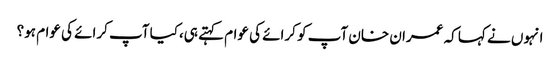
انہوں نے کہا کہ عمران خان آپ کو کرائے کی عوام کہتے ہی،کیا آپ کرائے کی عوام ہو؟